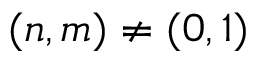
( n , m ) \neq ( 0 , 1 )